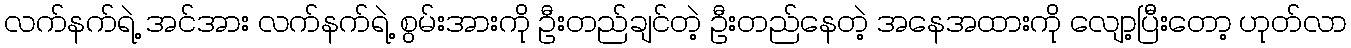
လက်နက်ရဲ့ အင်အား လက်နက်ရဲ့ စွမ်းအားကို ဦးတည်ချင်တဲ့ ဦးတည်နေတဲ့ အနေအထားကို လျော့ပြီးတော့ ဟုတ်လာ